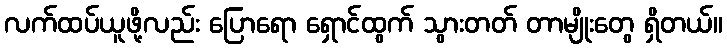
လက်ထပ်ယူဖို့လည်း ပြောရော ရှောင်ထွက် သွားတတ် တာမျိုးတွေ ရှိတယ်။